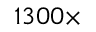
1 3 0 0 \times